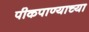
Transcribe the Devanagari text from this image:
पीकपाण्याच्या